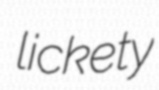
lickety